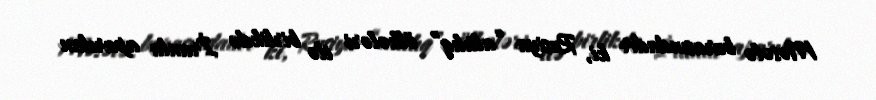
Məsələ burasındadır ki, Rusiya “altılıq” ölkələri ilə birlikdə İranla aparılan